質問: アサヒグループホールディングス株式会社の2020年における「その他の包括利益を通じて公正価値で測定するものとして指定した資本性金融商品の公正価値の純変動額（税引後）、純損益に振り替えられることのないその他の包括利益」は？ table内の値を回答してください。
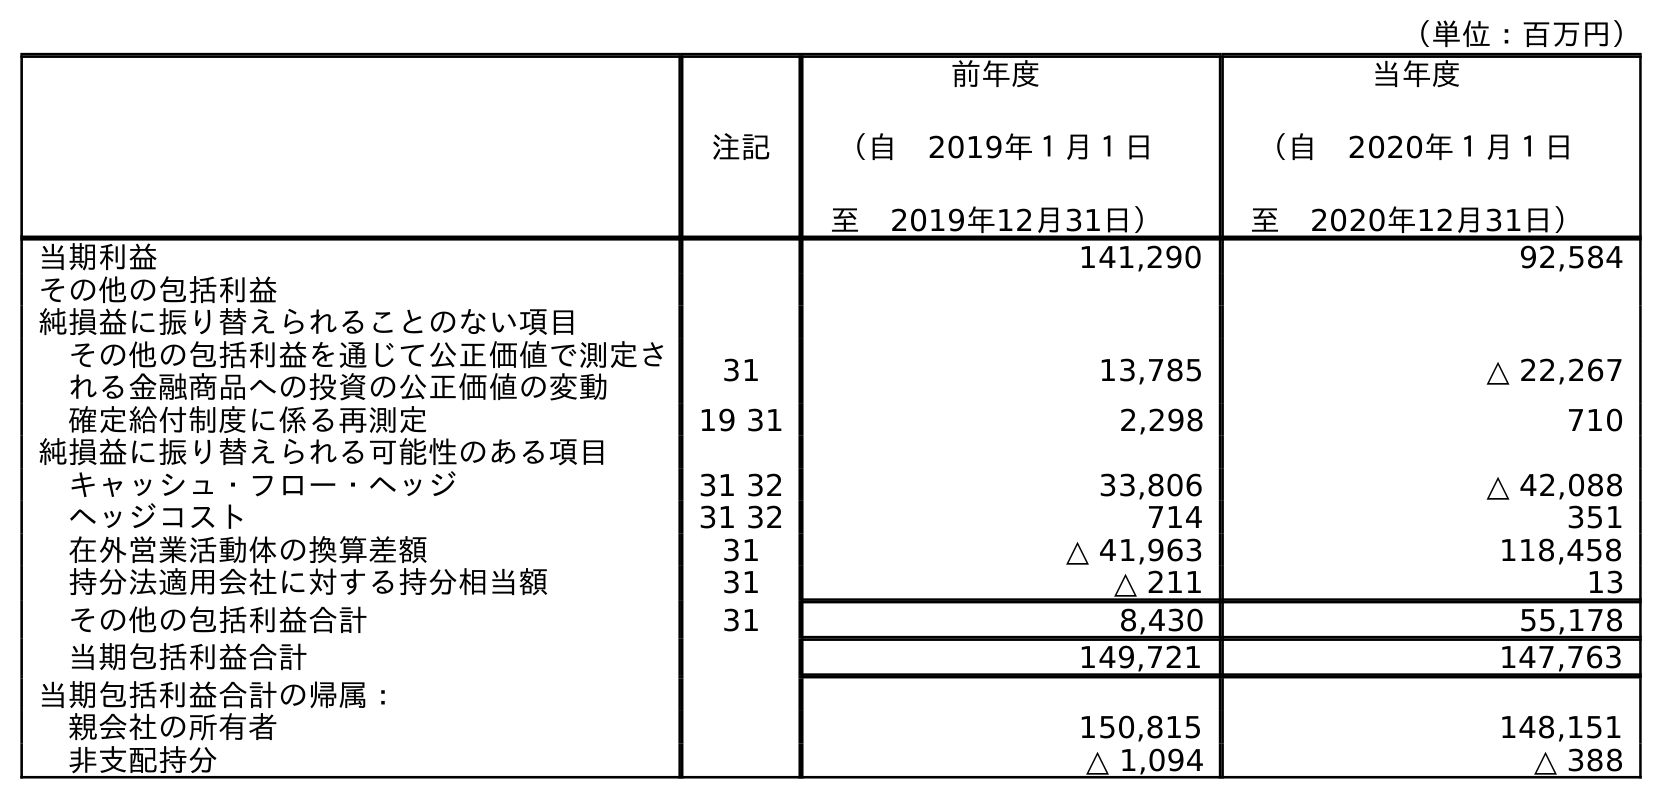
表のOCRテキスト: （単位：百万円） 注記 前年度 （自 2019年１月１日 至 2019年12月31日） 当年度 （自 2020年１月１日 至 2020年12月31日） 当期利益 141,290 92,584 その他の包括利益 純損益に振り替えられることのない項目 その他の包括利益を通じて公正価値で測定さ れる金融商品への投資の公正価値の変動 31 13,785 △ 22,267 確定給付制度に係る再測定 19 31 2,298 710 純損益に振り替えられる可能性のある項目 キャッシュ・フロー・ヘッジ 31 32 33,806 △ 42,088 ヘッジコスト 31 32 714 351 在外営業活動体の換算差額 31 △ 41,963 118,458 持分法適用会社に対する持分相当額 31 △ 211 13 その他の包括利益合計 31 8,430 55,178 当期包括利益合計 149,721 147,763 当期包括利益合計の帰属： 親会社の所有者 150,815 148,151 非支配持分 △ 1,094 △ 388
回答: △22,267